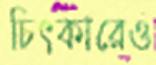
চিৎকারেও